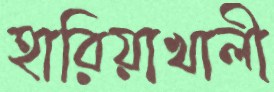
হারিয়াখালী